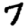
Digit: 7